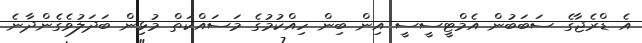
އެ ޑްރެޖާގެ ސަބަބުން އެމްޓީސީސީ އިން ބިން ހިއްކުމުގެ މަސައްކަތް މުޅިން ބަދަލުވެގެންދާނެ